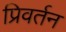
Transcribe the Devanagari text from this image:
प्रिवर्तन